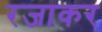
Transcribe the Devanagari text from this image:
रजाकर